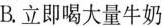
B.立即喝大量牛奶